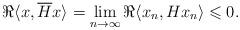
LaTeX: \begin{align*} \Re \langle x, \overline{H}x \rangle = \lim_{n\to\infty}\Re \langle x_n,Hx_n\rangle \leqslant 0.\end{align*}